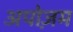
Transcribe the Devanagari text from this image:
अपोज़म